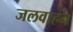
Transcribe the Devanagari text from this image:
जलवाहन